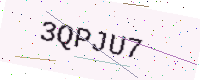
Text: 3QPJU7